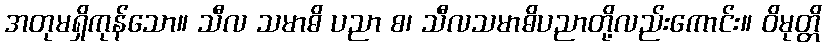
အတုမရှိကုန်သော။ သီလ သမာဓိ ပညာ စ၊ သီလသမာဓိပညာတို့လည်းကောင်း။ ဝိမုတ္တိ